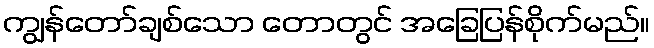
ကျွန်တော်ချစ်သော တောတွင် အခြေပြန်စိုက်မည်။